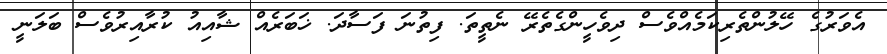
އެވަރުގެ ހޭލުންތެރިކަމެއްވެސް ދިވެހީންގެތެރޭ ނެތީތަ. ފިތުނަ ފަސާދަ. ޚަބަރެއް ޝާއިއު ކުރާއިރުވެސް ބަލަނީ